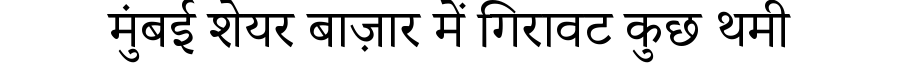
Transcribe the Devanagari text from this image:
मुंबई शेयर बाज़ार में गिरावट कुछ थमी